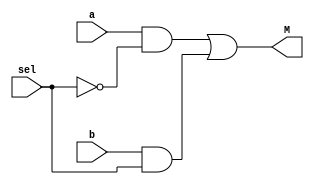

module mux_2_to_1 (M,a,b,sel);

	output M ;
	input a , b , sel ;
	wire fuck ,dick1,dick2;

	not not1(fuck,sel);
	and and1(dick1,a,fuck);
	and and2(dick2,b,sel);
	or or1(M,dick1,dick2);

endmodule